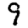
Digit: 9